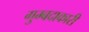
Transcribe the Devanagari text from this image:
गुम्बदाकारी